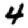
Digit: 4